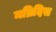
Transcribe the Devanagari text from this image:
मव्रिदिस